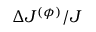
\Delta J ^ { ( \phi ) } / J